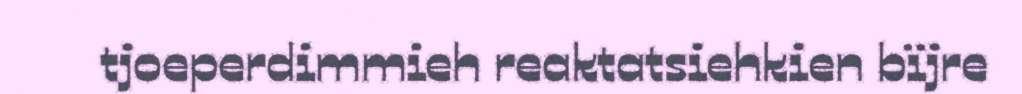
tjoeperdimmieh reaktatsiehkien bïjre